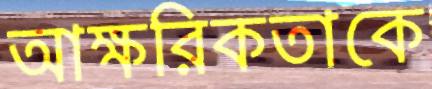
আক্ষরিকতাকে